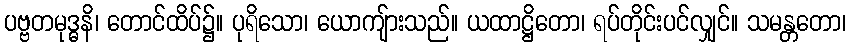
ပဗ္ဗတမုဒ္ဓနိ၊ တောင်ထိပ်၌။ ပုရိသော၊ ယောကျ်ားသည်။ ယထာဋ္ဌိတော၊ ရပ်တိုင်းပင်လျှင်။ သမန္တတော၊